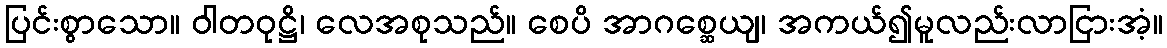
ပြင်းစွာသော။ ဝါတဝုဋ္ဌိ၊ လေအစုသည်။ စေပိ အာဂစ္ဆေယျ၊ အကယ်၍မူလည်းလာငြားအံ့။